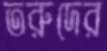
তরুদের